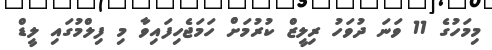
މިމަހުގެ 11 ވަނަ ދުވަހު ރިލީޒް ކުރުމަށް ހަމަޖެހިފައިވާ މި ފިލްމުގައި ލީޑް